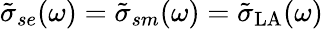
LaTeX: \tilde{\sigma}_{se}(\omega)=\tilde{\sigma}_{sm}(\omega)=\tilde{\sigma}_{\mathrm{LA}}(\omega)